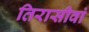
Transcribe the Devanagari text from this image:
तिरासीवां